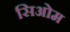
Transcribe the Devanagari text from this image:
सिओम